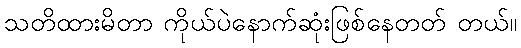
သတိထားမိတာ ကိုယ်ပဲနောက်ဆုံးဖြစ်နေတတ် တယ်။